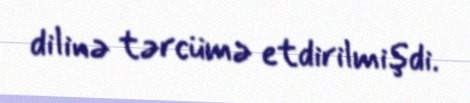
dilinə tərcümə etdirilmişdi.